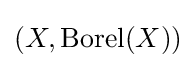
(X,\operatorname {Borel} (X))